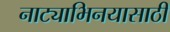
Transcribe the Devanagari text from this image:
नाट्याभिनयासाठी